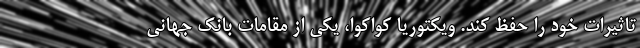
تاثیرات خود را حفظ کند. ویکتوریا کواکوا،‌ یکی از مقامات بانک جهانی